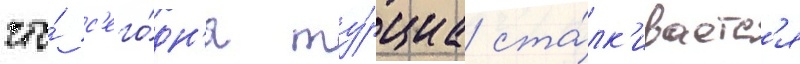
что́ с'его́дн'я ту́рциа ста́лк'иваетс'я